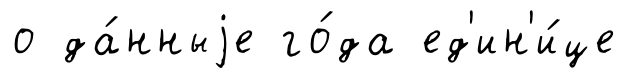
о да́нныjе го́да ед'ин'и́це